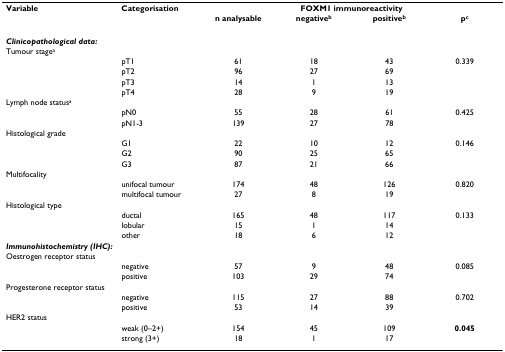
<table><thead><tr><td><b>Variable</b></td><td><b>Categorisation</b></td><td colspan="4"><b>FOXM1 immunoreactivity</b></td></tr><tr><td>[EMPTY_CELL]</td><td>[EMPTY_CELL]</td><td><b>n analysable</b></td><td><b>negative<sup>b</sup></b></td><td><b>positive<sup>b</sup></b></td><td><b>p<sup>c</sup></b></td></tr></thead><tbody><tr><td colspan="6"><b><i>Clinicopathological data:</i></b></td></tr><tr><td colspan="6">Tumour stage<sup>a</sup></td></tr><tr><td>[EMPTY_CELL]</td><td>pT1</td><td>61</td><td>18</td><td>43</td><td>0.339</td></tr><tr><td>[EMPTY_CELL]</td><td>pT2</td><td>96</td><td>27</td><td>69</td><td>[EMPTY_CELL]</td></tr><tr><td>[EMPTY_CELL]</td><td>pT3</td><td>14</td><td>1</td><td>13</td><td>[EMPTY_CELL]</td></tr><tr><td>[EMPTY_CELL]</td><td>pT4</td><td>28</td><td>9</td><td>19</td><td>[EMPTY_CELL]</td></tr><tr><td colspan="6">Lymph node status<sup>a</sup></td></tr><tr><td>[EMPTY_CELL]</td><td>pN0</td><td>55</td><td>28</td><td>61</td><td>0.425</td></tr><tr><td>[EMPTY_CELL]</td><td>pN1-3</td><td>139</td><td>27</td><td>78</td><td>[EMPTY_CELL]</td></tr><tr><td colspan="6">Histological grade</td></tr><tr><td>[EMPTY_CELL]</td><td>G1</td><td>22</td><td>10</td><td>12</td><td>0.146</td></tr><tr><td>[EMPTY_CELL]</td><td>G2</td><td>90</td><td>25</td><td>65</td><td>[EMPTY_CELL]</td></tr><tr><td>[EMPTY_CELL]</td><td>G3</td><td>87</td><td>21</td><td>66</td><td>[EMPTY_CELL]</td></tr><tr><td colspan="6">Multifocality</td></tr><tr><td>[EMPTY_CELL]</td><td>unifocal tumour</td><td>174</td><td>48</td><td>126</td><td>0.820</td></tr><tr><td>[EMPTY_CELL]</td><td>multifocal tumour</td><td>27</td><td>8</td><td>19</td><td>[EMPTY_CELL]</td></tr><tr><td colspan="6">Histological type</td></tr><tr><td>[EMPTY_CELL]</td><td>ductal</td><td>165</td><td>48</td><td>117</td><td>0.133</td></tr><tr><td>[EMPTY_CELL]</td><td>lobular</td><td>15</td><td>1</td><td>14</td><td>[EMPTY_CELL]</td></tr><tr><td>[EMPTY_CELL]</td><td>other</td><td>18</td><td>6</td><td>12</td><td>[EMPTY_CELL]</td></tr><tr><td colspan="6"><b><i>Immunohistochemistry (IHC):</i></b></td></tr><tr><td colspan="6">Oestrogen receptor status</td></tr><tr><td>[EMPTY_CELL]</td><td>negative</td><td>57</td><td>9</td><td>48</td><td>0.085</td></tr><tr><td>[EMPTY_CELL]</td><td>positive</td><td>103</td><td>29</td><td>74</td><td>[EMPTY_CELL]</td></tr><tr><td colspan="6">Progesterone receptor status</td></tr><tr><td>[EMPTY_CELL]</td><td>negative</td><td>115</td><td>27</td><td>88</td><td>0.702</td></tr><tr><td>[EMPTY_CELL]</td><td>positive</td><td>53</td><td>14</td><td>39</td><td>[EMPTY_CELL]</td></tr><tr><td colspan="6">HER2 status</td></tr><tr><td>[EMPTY_CELL]</td><td>weak (0–2+)</td><td>154</td><td>45</td><td>109</td><td><b>0.045</b></td></tr><tr><td>[EMPTY_CELL]</td><td>strong (3+)</td><td>18</td><td>1</td><td>17</td><td>[EMPTY_CELL]</td></tr></tbody></table>